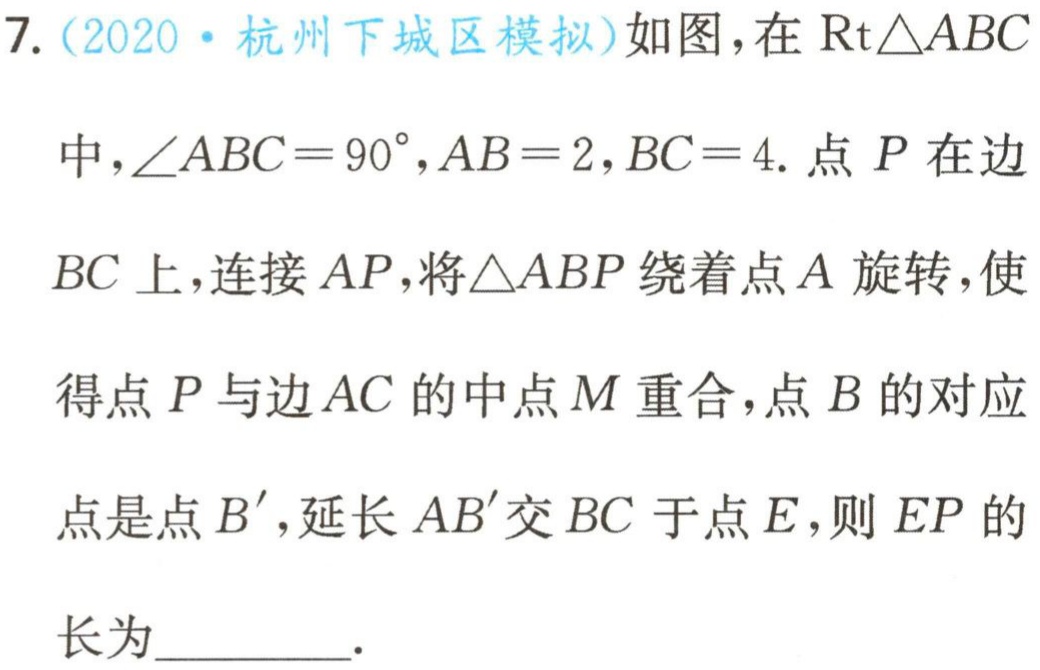
7.（2020·杭州下城区模拟）如图，在$\text{Rt}\triangle ABC$中，$\angle ABC = 90^{\circ},AB = 2,BC = 4$. 点$P$在边$BC$上，连接$AP$，将$\triangle ABP$绕着点$A$旋转，使得点$P$与边$AC$的中点$M$重合，点$B$的对应点是点$B'$，延长$AB'$交$BC$于点$E$，则$EP$的长为________.